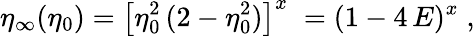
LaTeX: \eta_{\infty}(\eta_{0})=\left[\eta_{0}^{2}\, (2-\eta_{0}^{2})\right]^{x}\; =(1-4\, E)^{x}\; ,